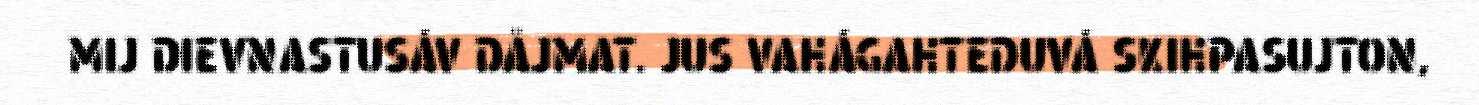
MIJ DIEVNASTUSÁV DÅJMAT. JUS VAHÁGAHTEDUVÁ SKIHPASUJTON,